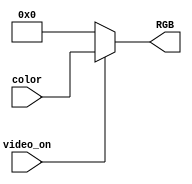
`timescale 1ns / 1ps
//////////////////////////////////////////////////////////////////////////////////
// Company: 
// Engineer: 
// 
// Design Name: 
// Module Name:    mux_colores 
// Project Name: 
// Target Devices: 
// Tool versions: 
// Description: 
//
// Dependencies: 
//
// Revision: 
// Revision 0.01 - File Created
// Additional Comments: 
//
//////////////////////////////////////////////////////////////////////////////////
module mux_colores(
    input video_on,
	 input [11:0] color,
	 output reg [11:0] RGB
	 );
	 always @*
	 begin
	 if (video_on)
		RGB=color;
	 else
		RGB=12'h000;
	end
endmodule